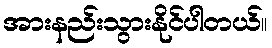
အားနည်းသွားနိုင်ပါတယ်။